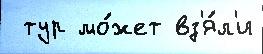
 тур мо́жет вз'я́л'и